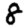
Digit: 8